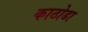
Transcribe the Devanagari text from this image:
काठोडा